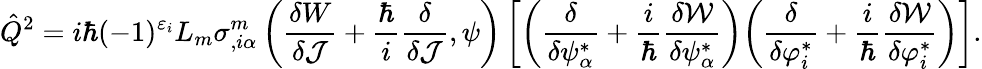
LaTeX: \hat{Q}^{2}=i\hbar(-1)^{\varepsilon_{i}}L_{m}\sigma_{,i\alpha}^{m}\left(\frac{\delta W}{\delta{\cal J}}+\frac{\hbar}{i}\frac{\delta}{\delta{\cal J}},\psi\right)\left[\left(\frac{\delta}{\delta\psi_{\alpha}^{*}}+\frac{i}{\hbar}\frac{\delta{\cal W}}{{\delta\psi_{\alpha}^{*}}}\right)\! \left(\frac{\delta}{\delta\varphi_{i}^{*}}+\frac{i}{\hbar}\frac{\delta{\cal W}}{{\delta\varphi_{i}^{*}}}\right)\right].